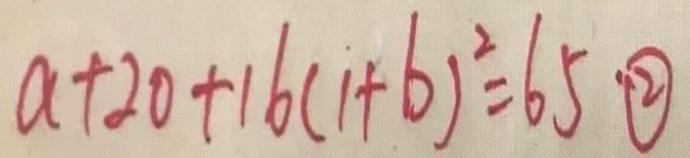
a + 2 0 + 1 6 ( 1 + b ) ^ { 2 } = 6 5 \textcircled { 2 }